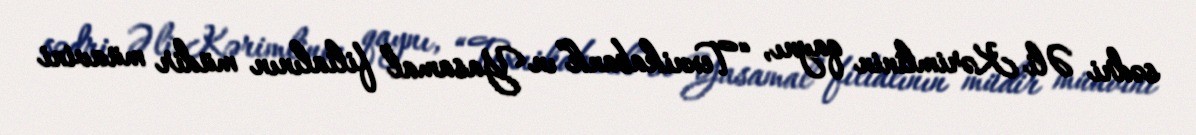
sədri Əli Kərimlinin qaynı, “Texnikabank”ın Yasamal filialının müdir müavini